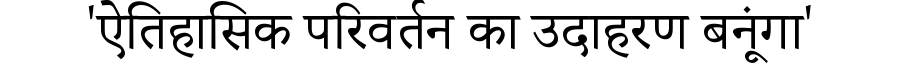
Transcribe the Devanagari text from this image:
'ऐतिहासिक परिवर्तन का उदाहरण बनूंगा'